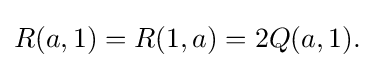
\displaystyle {R(a,1)=R(1,a)=2Q(a,1).}